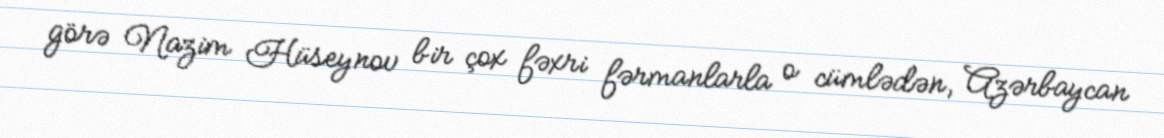
görə Nazim Hüseynov bir çox fəxri fərmanlarla o cümlədən, Azərbaycan